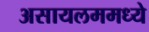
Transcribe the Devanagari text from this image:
असायलममध्ये